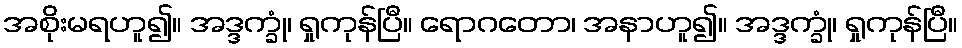
အစိုးမရဟူ၍။ အဒ္ဒက္ခုံ၊ ရှုကုန်ပြီ။ ရောဂတော၊ အနာဟူ၍။ အဒ္ဒက္ခုံ၊ ရှုကုန်ပြီ။